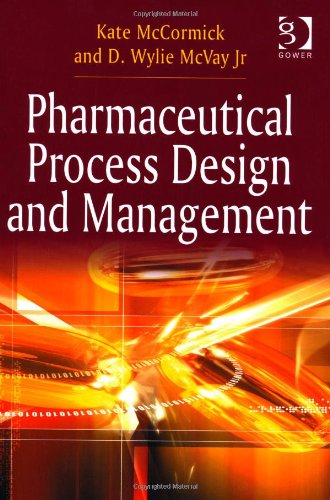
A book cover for Pharmaceutical Process Design and Management; Kate McCormick; Business & Money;